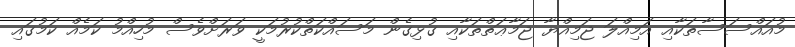
މުއައްސަސާތަކާއި އަމިއްލަ ޖަމިއްޔާ ޖަމާޢަތްތަކާއި ގުޅިގެން މަސައްކަތްކުރުމަކީ ވަރަށްވެސް މުހިއްމު ކަމެއް ކަމުގައި